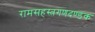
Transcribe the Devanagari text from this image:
रामसहस्त्रगणदण्डक